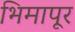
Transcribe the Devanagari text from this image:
भिमापूर